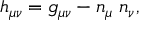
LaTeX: h _ { \mu \nu } = g _ { \mu \nu } - n _ { \mu } \; n _ { \nu } ,